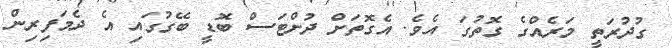
ގުދުރަތީ މަރެއްގެ ގޮތުގަ އެވެ. އެގޮތަށް ދުށްޓަސް ބޮޑީ ބޭގުގައި އެ ދެމަފިރިން